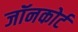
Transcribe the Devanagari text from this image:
जॉनकोर्ट